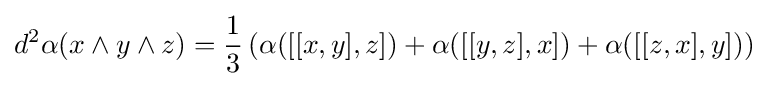
d^{2}\alpha (x\wedge y\wedge z)={\frac {1}{3}}\left(\alpha ([[x,y],z])+\alpha ([[y,z],x])+\alpha ([[z,x],y])\right)